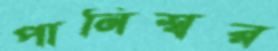
পানিশ্বর